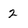
Character: 2